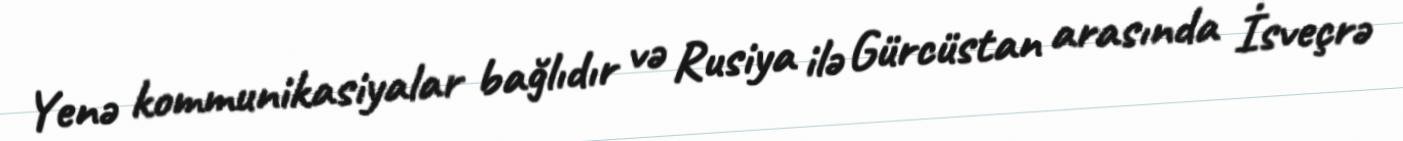
Yenə kommunikasiyalar bağlıdır və Rusiya ilə Gürcüstan arasında İsveçrə